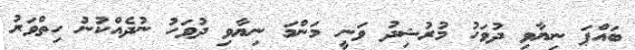
ބައްޕަ ނިޔާވި ދުވަހު މުރުޝިދު ވަނީ މަންމަ ނިޔާވި ދުވަހު ނުދެއްކުނު ހިތްވަރު